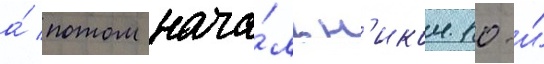
а́ потом нача́льн'иком 10-и́